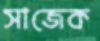
সাজেক